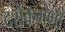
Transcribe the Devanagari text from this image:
दर्शकगणों